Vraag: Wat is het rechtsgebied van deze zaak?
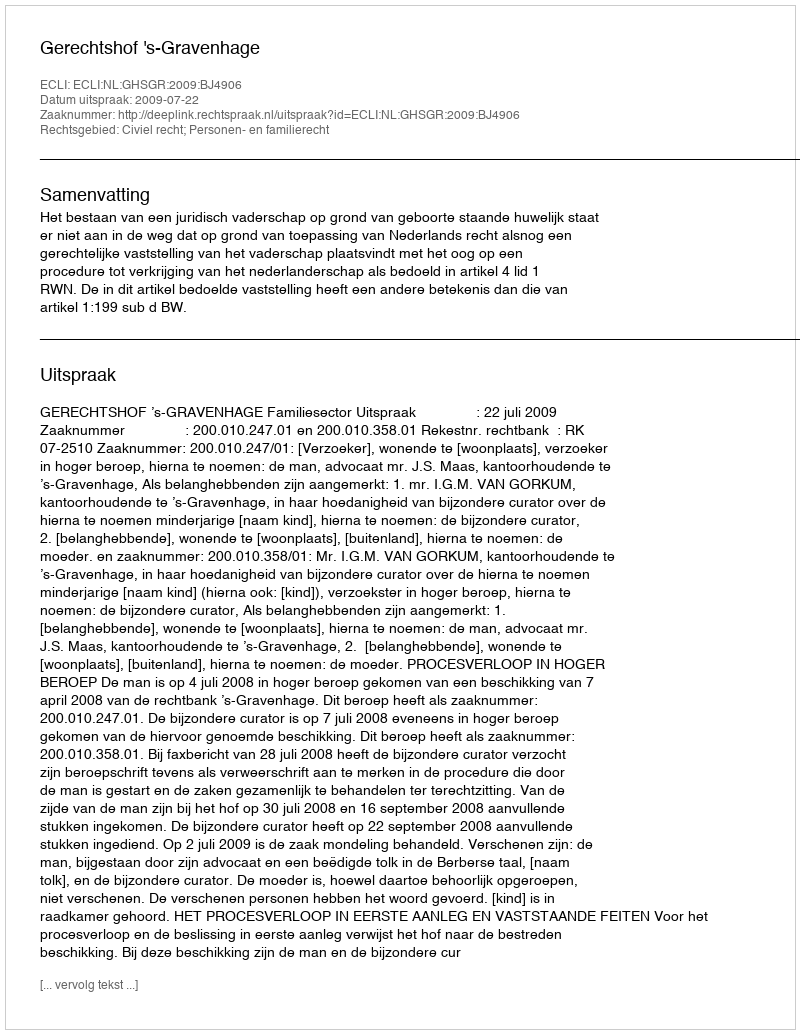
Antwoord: Civiel recht; Personen- en familierecht